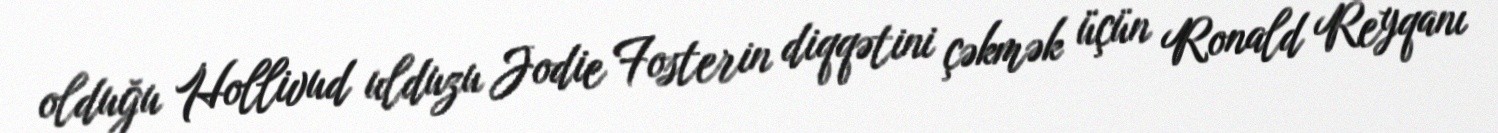
olduğu Hollivud ulduzu Jodie Fosterin diqqətini çəkmək üçün Ronald Reyqanı